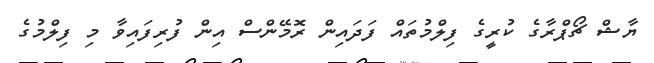
ޔާޝް ޗޯޕްރާގެ ކުރީގެ ފިލްމުތައް ފަދައިން ރޮމޭންސް އިން ފުރިފައިވާ މި ފިލްމުގެ